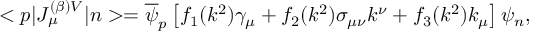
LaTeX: < p | J _ { \mu } ^ { ( \beta ) V } | n > = \overline { { \psi } } _ { p } \left[ f _ { 1 } ( k ^ { 2 } ) \gamma _ { \mu } + f _ { 2 } ( k ^ { 2 } ) \sigma _ { \mu \nu } k ^ { \nu } + f _ { 3 } ( k ^ { 2 } ) k _ { \mu } \right] \psi _ { n } ,